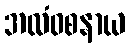
အလံဝစနာယ